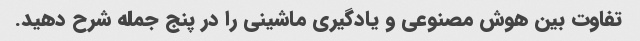
تفاوت بین هوش مصنوعی و یادگیری ماشینی را در پنج جمله شرح دهید.